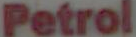
Petrol